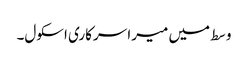
وسط میں میرا سرکاری اسکول۔